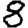
Digit: 8